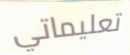
تعليماتي